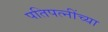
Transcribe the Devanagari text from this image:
पतिपत्‍नींच्या